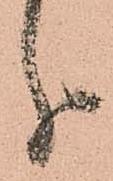
分